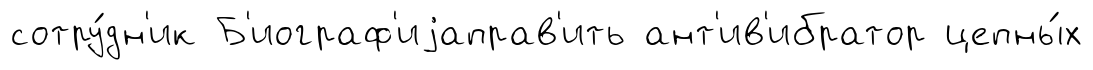
сотру́дн'ик Б'иограф'иjаправ'ить ант'ив'ибратор цепны́х